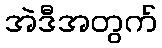
အဲဒီအတွက်